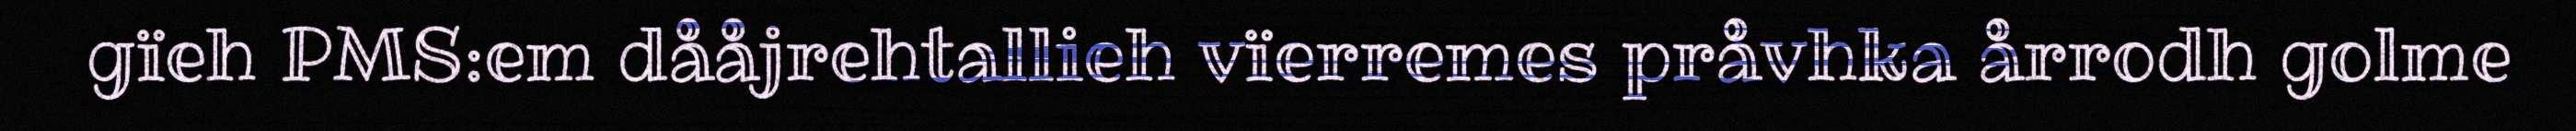
gïeh PMS:em dååjrehtallieh vïerremes pråvhka årrodh golme